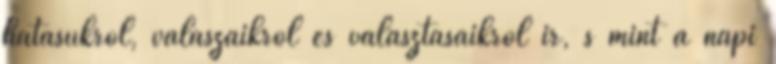
hatásukról, válaszaikról és választásaikról ír, s mint a napi